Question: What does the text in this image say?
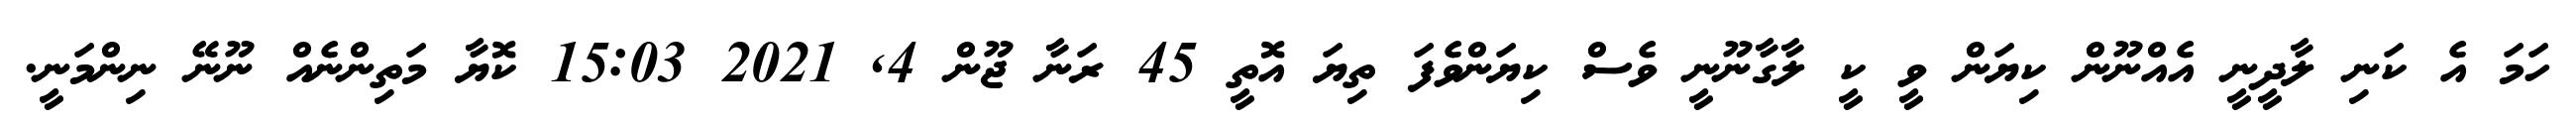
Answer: ހަމަ އެ ކަނި ލާދީނީ އެއްނޫން ކިޔަން ވީ ކީ ލާގާނޫނީ ވެސް ކިޔަންވެފަ ތިޔަ އޮތީ 45 ރަނާ ޖޫން 4, 2021 15:03 ކޮޔާ މަތިންނެއް ނޫނޭ ނިންމަނީ.